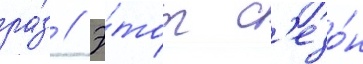
ра́з // Э́тот с'езо́н